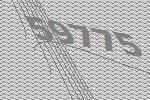
59775